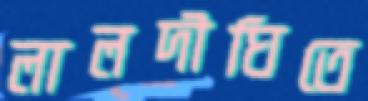
লালদীঘিতে